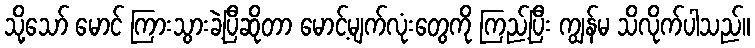
သို့သော် မောင် ကြားသွားခဲ့ပြီဆိုတာ မောင့်မျက်လုံးတွေကို ကြည့်ပြီး ကျွန်မ သိလိုက်ပါသည်။